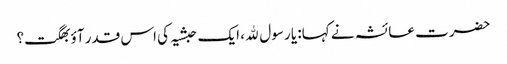
حضرت عائشہ نے کہا: یا رسول ﷲ، ایک حبشیہ کی اس قدر آؤبھگت؟